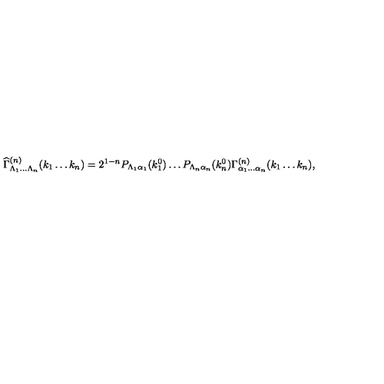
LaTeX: { \widehat \Gamma } _ { \Lambda _ { 1 } \dots \Lambda _ { n } } ^ { ( n ) } ( k _ { 1 } \dots k _ { n } ) = 2 ^ { 1 - n } P _ { \Lambda _ { 1 } \alpha _ { 1 } } ( k _ { 1 } ^ { 0 } ) \dots P _ { \Lambda _ { n } \alpha _ { n } } ( k _ { n } ^ { 0 } ) \Gamma _ { \alpha _ { 1 } \dots \alpha _ { n } } ^ { ( n ) } ( k _ { 1 } \dots k _ { n } ) ,